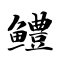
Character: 鳢